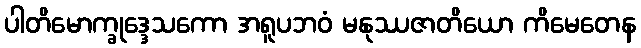
ပါတိမောက္ခုဒ္ဒေသကော အရူပဘဝံ မနုဿဇာတိယော ကိမေတေန